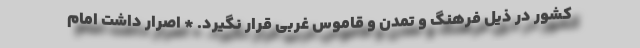
کشور در ذیل فرهنگ و تمدن و قاموس غربی قرار نگیرد. * اصرار داشت امام